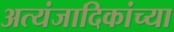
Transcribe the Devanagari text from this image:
अत्यंजादिकांच्या